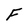
Character: F